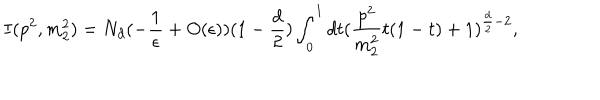
I ( p ^ { 2 } , m _ { 2 } ^ { 2 } ) = N _ { d } ( - \frac { 1 } { \epsilon } + O ( \epsilon ) ) ( 1 - \frac { d } { 2 } ) \int _ { 0 } ^ { 1 } d t ( \frac { p ^ { 2 } } { m _ { 2 } ^ { 2 } } t ( 1 - t ) + 1 ) ^ { \frac { d } { 2 } - 2 } ,